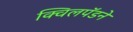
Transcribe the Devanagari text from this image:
क्विलपॅडने